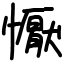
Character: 懨